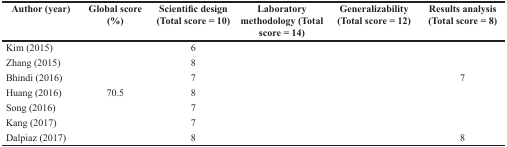
<table><thead><tr><td><b>Author (year)</b></td><td><b>Global score (%)</b></td><td><b>Scientific design (Total score = 10)</b></td><td><b>Laboratory methodology (Total score = 14)</b></td><td><b>Generalizability (Total score = 12)</b></td><td><b>Results analysis (Total score = 8)</b></td></tr></thead><tbody><tr><td>Kim (2015)</td><td>[EMPTY_CELL]</td><td>6</td><td>[EMPTY_CELL]</td><td>[EMPTY_CELL]</td><td>[EMPTY_CELL]</td></tr><tr><td>Zhang (2015)</td><td>[EMPTY_CELL]</td><td>8</td><td>[EMPTY_CELL]</td><td>[EMPTY_CELL]</td><td>[EMPTY_CELL]</td></tr><tr><td>Bhindi (2016)</td><td>[EMPTY_CELL]</td><td>7</td><td>[EMPTY_CELL]</td><td>[EMPTY_CELL]</td><td>7</td></tr><tr><td>Huang (2016)</td><td>70.5</td><td>8</td><td>[EMPTY_CELL]</td><td>[EMPTY_CELL]</td><td>[EMPTY_CELL]</td></tr><tr><td>Song (2016)</td><td>[EMPTY_CELL]</td><td>7</td><td>[EMPTY_CELL]</td><td>[EMPTY_CELL]</td><td>[EMPTY_CELL]</td></tr><tr><td>Kang (2017)</td><td>[EMPTY_CELL]</td><td>7</td><td>[EMPTY_CELL]</td><td>[EMPTY_CELL]</td><td>[EMPTY_CELL]</td></tr><tr><td>Dalpiaz (2017)</td><td>[EMPTY_CELL]</td><td>8</td><td>[EMPTY_CELL]</td><td>[EMPTY_CELL]</td><td>8</td></tr></tbody></table>